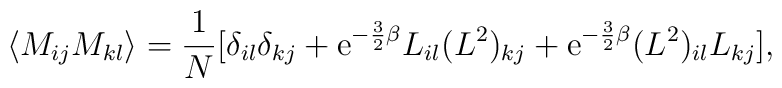
\langle M_{ij}M_{kl}\rangle = \frac{1}{N}[\delta_{il}\delta_{kj}+{\rm e}^{-\frac{3}{2}\beta}L_{il}(L^2)_{kj}+{\rm e}^{-\frac{3}{2}\beta}(L^2)_{il}L_{kj}],